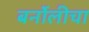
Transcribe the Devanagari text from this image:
बर्नोलीचा